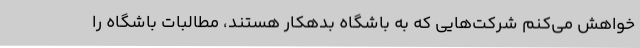
خواهش می‌کنم شرکت‌هایی که به باشگاه بدهکار هستند، مطالبات باشگاه را